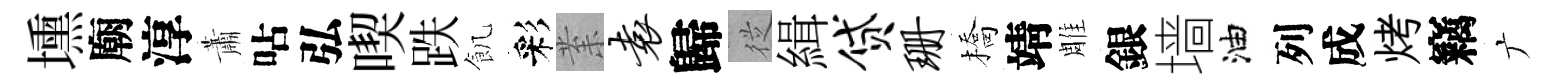
壎廟淳蕭呫弘喫跌飢彩𭪙袁歸従緝贷珊橋靖雕銀墙油列成烤竊广